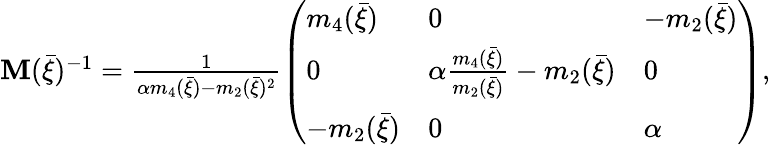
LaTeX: \begin{array}{r}{{\mathbf M}(\bar{\xi})^{-1}=\frac{1}{\alpha m_{4}(\bar{\xi})-m_{2}(\bar{\xi})^{2}}\left(\begin{array}{lll}{m_{4}(\bar{\xi})}&{0}&{-m_{2}(\bar{\xi})}\\ {0}&{\alpha\frac{m_{4}(\bar{\xi})}{m_{2}(\bar{\xi})}-m_{2}(\bar{\xi})}&{0}\\ {-m_{2}(\bar{\xi})}&{0}&{\alpha}\end{array}\right),}\end{array}